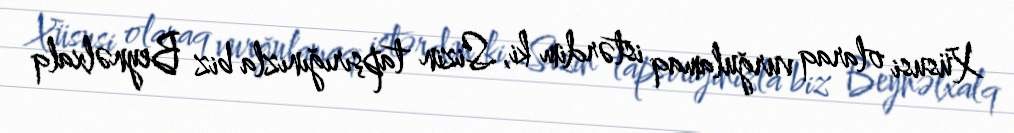
Xüsusi olaraq vurğulamaq istərdim ki, Sizin tapşırığınızla biz Beynəlxalq